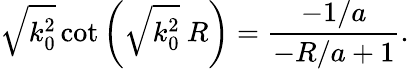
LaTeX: \sqrt{k_{0}^{2}}\cot\left(\sqrt{k_{0}^{2}}\ R\right)=\frac{-1/a}{-R/a+1}.